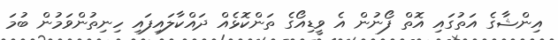
އިންޝާގެ އަތުގައި އޮތް ފޯނުން އެ ވީޑިއޯގެ ތަންކޮޅެއް ދައްކާލައިފައި ހިނިތުންވަމުން ބުމަ